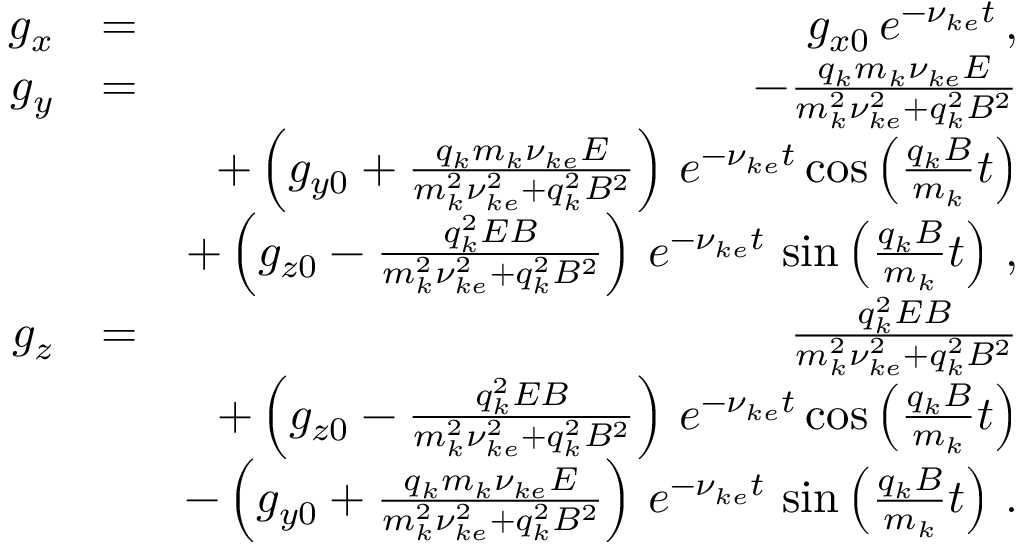
\begin{array} { r l r } { g _ { x } } & { = } & { g _ { x 0 } \, e ^ { - \nu _ { k e } t } \, , } \\ { g _ { y } } & { = } & { - \frac { q _ { k } m _ { k } \nu _ { k e } E } { m _ { k } ^ { 2 } \nu _ { k e } ^ { 2 } + q _ { k } ^ { 2 } B ^ { 2 } } } \\ & { } & { + \left( g _ { y 0 } + \frac { q _ { k } m _ { k } \nu _ { k e } E } { m _ { k } ^ { 2 } \nu _ { k e } ^ { 2 } + q _ { k } ^ { 2 } B ^ { 2 } } \right) \, e ^ { - \nu _ { k e } t } \cos \left( \frac { q _ { k } B } { m _ { k } } t \right) } \\ & { } & { + \left( g _ { z 0 } - \frac { q _ { k } ^ { 2 } E B } { m _ { k } ^ { 2 } \nu _ { k e } ^ { 2 } + q _ { k } ^ { 2 } B ^ { 2 } } \right) \, e ^ { - \nu _ { k e } t } \, \sin \left( \frac { q _ { k } B } { m _ { k } } t \right) \, , } \\ { g _ { z } } & { = } & { \frac { q _ { k } ^ { 2 } E B } { m _ { k } ^ { 2 } \nu _ { k e } ^ { 2 } + q _ { k } ^ { 2 } B ^ { 2 } } } \\ & { } & { + \left( g _ { z 0 } - \frac { q _ { k } ^ { 2 } E B } { m _ { k } ^ { 2 } \nu _ { k e } ^ { 2 } + q _ { k } ^ { 2 } B ^ { 2 } } \right) \, e ^ { - \nu _ { k e } t } \cos \left( \frac { q _ { k } B } { m _ { k } } t \right) } \\ & { } & { - \left( g _ { y 0 } + \frac { q _ { k } m _ { k } \nu _ { k e } E } { m _ { k } ^ { 2 } \nu _ { k e } ^ { 2 } + q _ { k } ^ { 2 } B ^ { 2 } } \right) \, e ^ { - \nu _ { k e } t } \, \sin \left( \frac { q _ { k } B } { m _ { k } } t \right) \, . } \end{array}